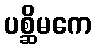
ပစ္ဆိမကေ